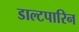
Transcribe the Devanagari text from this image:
डाल्टपारिन